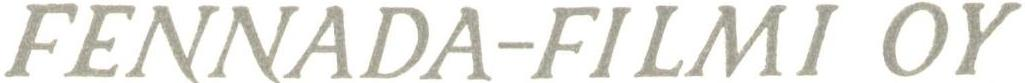
FENNADA-FILMI OY